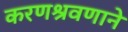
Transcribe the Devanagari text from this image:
करणश्रवणाने